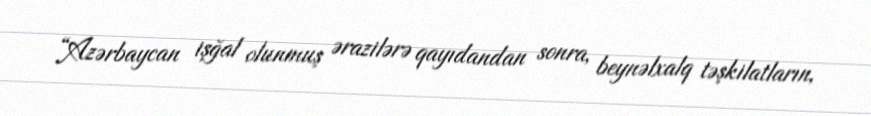
“Azərbaycan işğal olunmuş ərazilərə qayıdandan sonra, beynəlxalq təşkilatların,